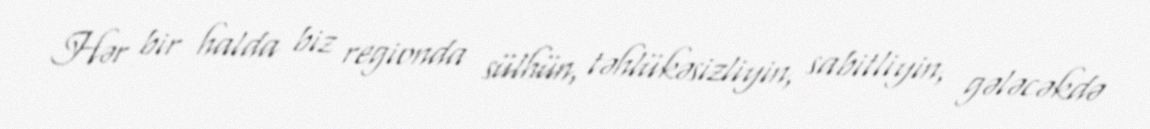
Hər bir halda biz regionda sülhün, təhlükəsizliyin, sabitliyin, gələcəkdə